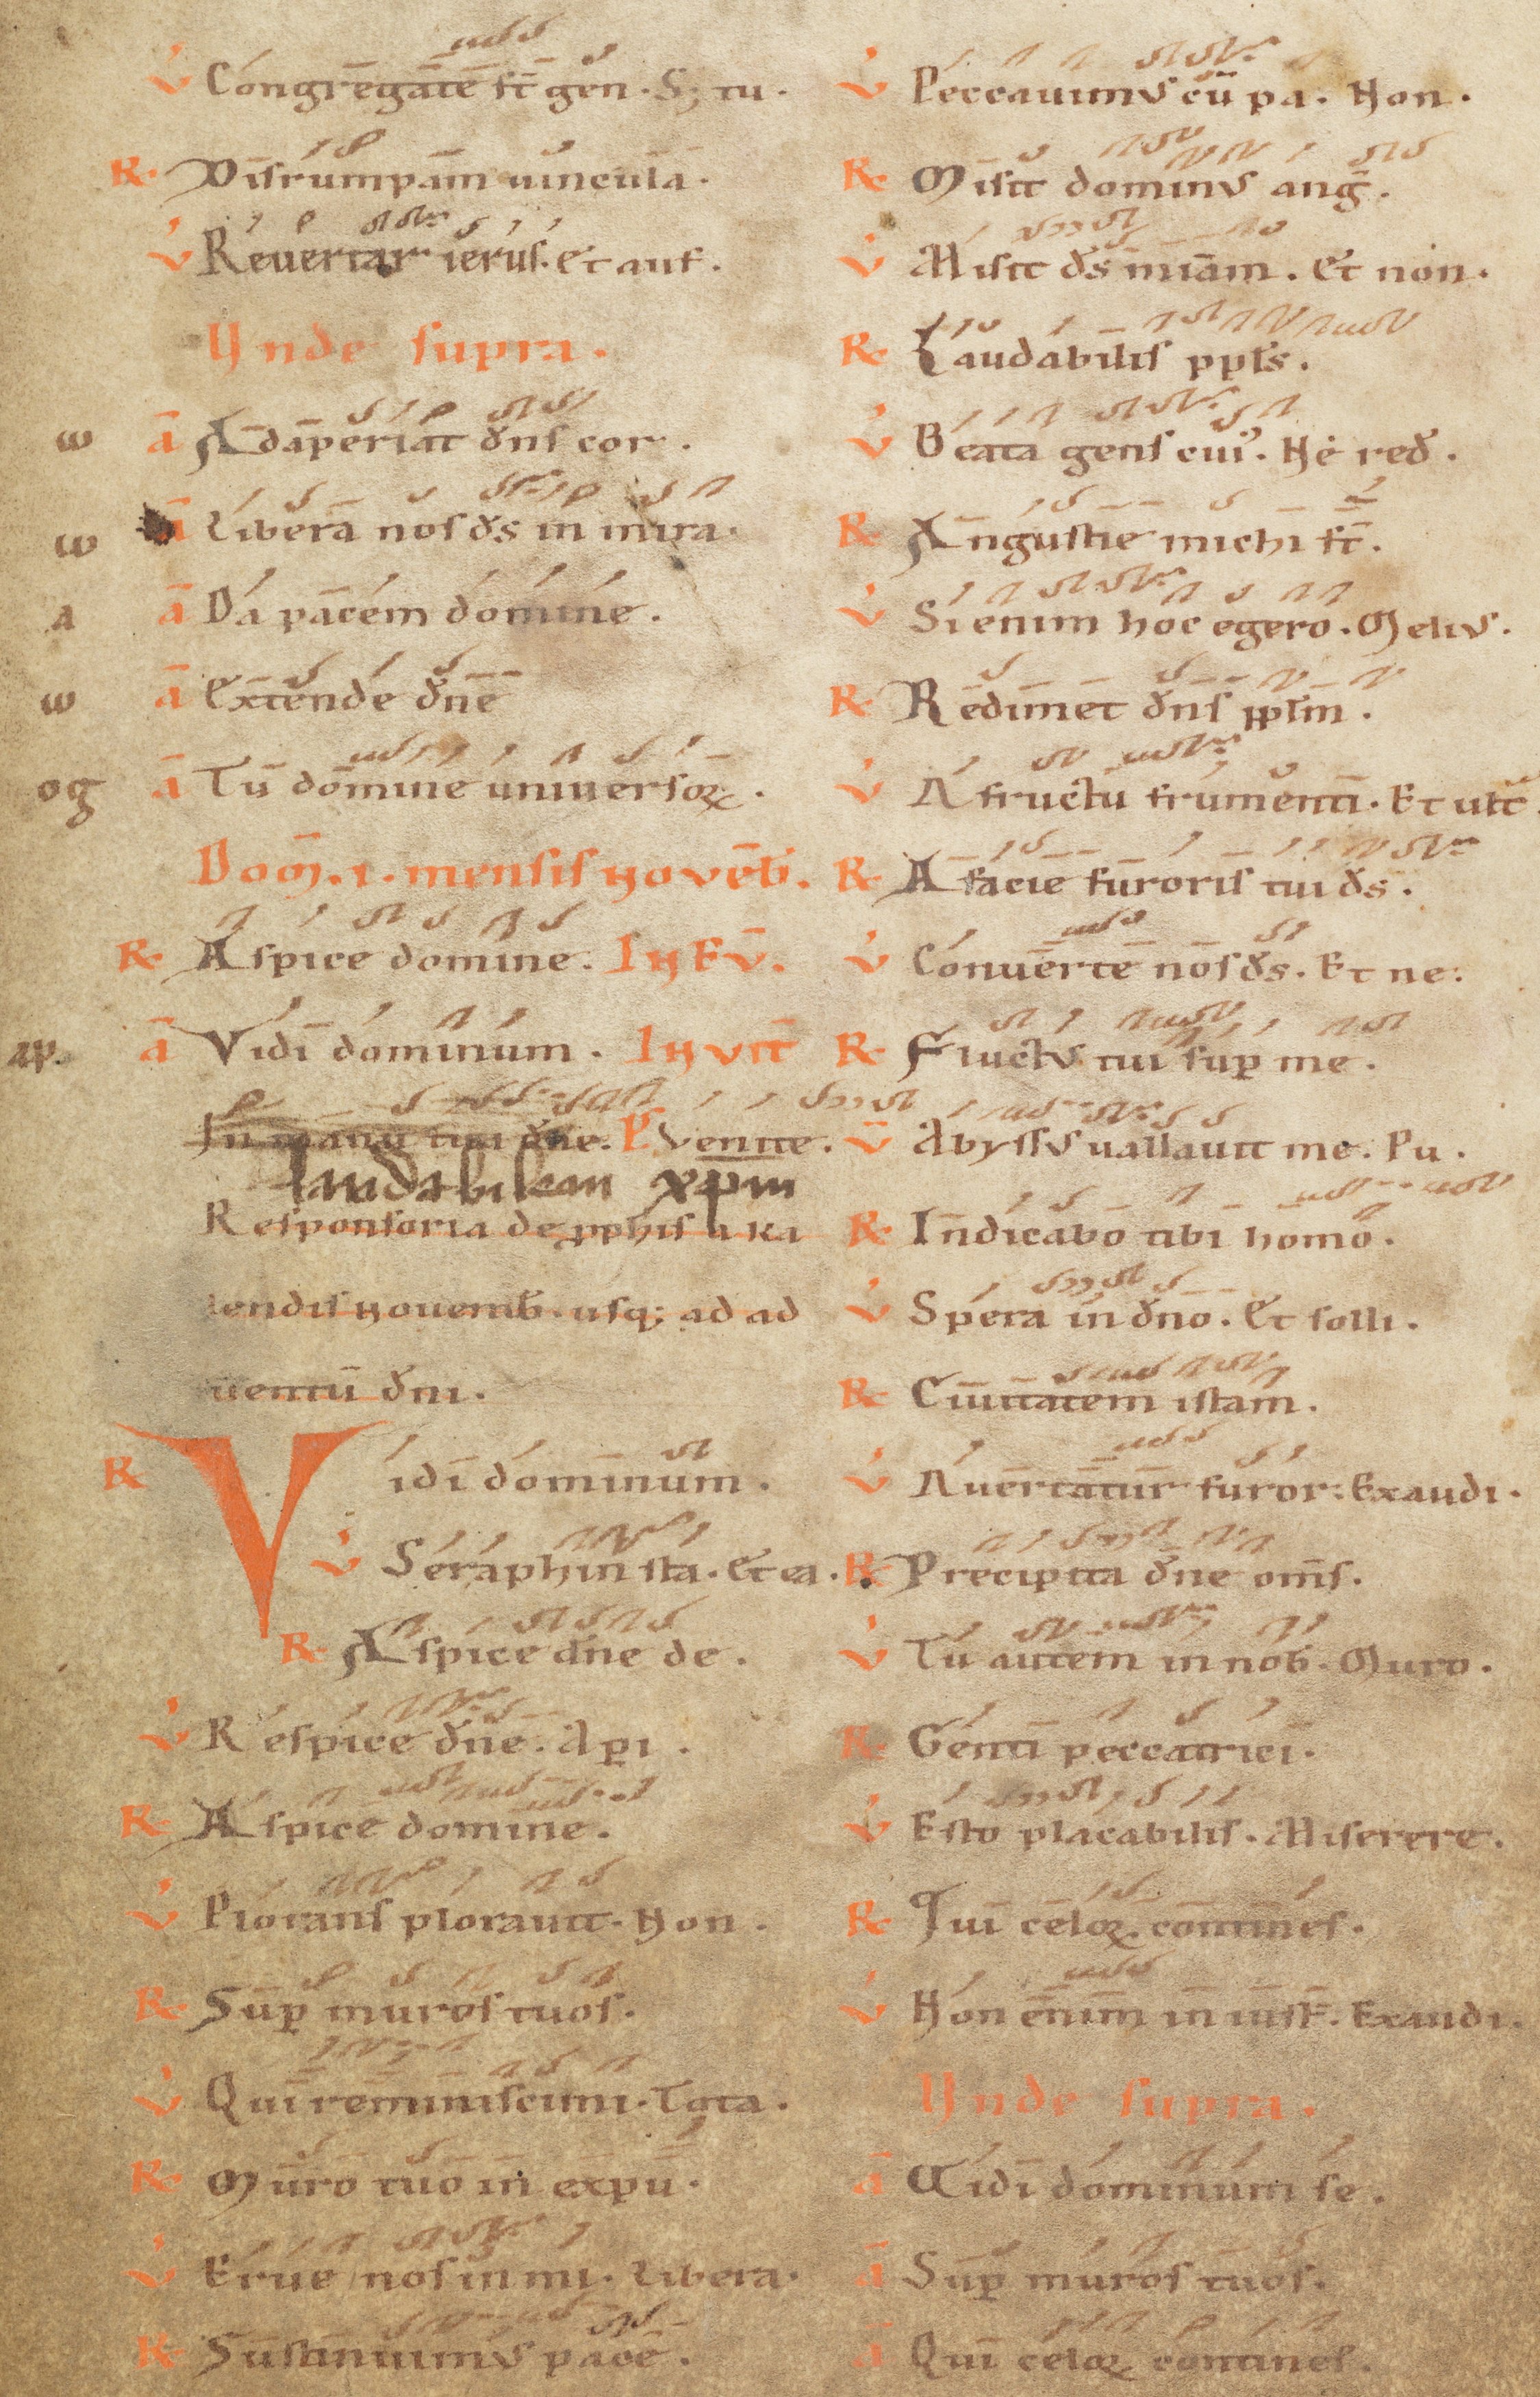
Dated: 1100–1199